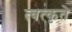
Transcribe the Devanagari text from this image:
त्वत्कृते